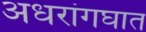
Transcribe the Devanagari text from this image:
अधरांगघात